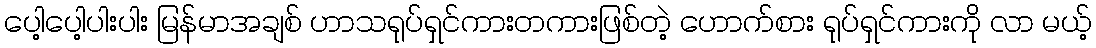
ပေါ့ပေါ့ပါးပါး မြန်မာအချစ် ဟာသရုပ်ရှင်ကားတကားဖြစ်တဲ့ ဟောက်စား ရုပ်ရှင်ကားကို လာ မယ့်